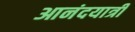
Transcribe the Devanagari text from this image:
आनंदयात्री